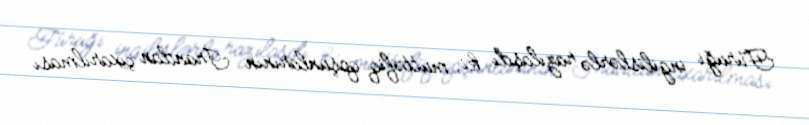
Füruği ingilislərlə razılaşdı ki, müttəfiq qoşunlarının İrandan çıxarılması